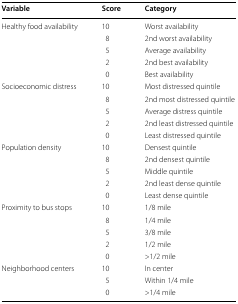
<table><thead><tr><td><b>Variable</b></td><td><b>Score</b></td><td><b>Category</b></td></tr></thead><tbody><tr><td rowspan="5">Healthy food availability</td><td>10</td><td>Worst availability</td></tr><tr><td>8</td><td>2nd worst availability</td></tr><tr><td>5</td><td>Average availability</td></tr><tr><td>2</td><td>2nd best availability</td></tr><tr><td>0</td><td>Best availability</td></tr><tr><td rowspan="5">Socioeconomic distress</td><td>10</td><td>Most distressed quintile</td></tr><tr><td>8</td><td>2nd most distressed quintile</td></tr><tr><td>5</td><td>Average distress quintile</td></tr><tr><td>2</td><td>2nd least distressed quintile</td></tr><tr><td>0</td><td>Least distressed quintile</td></tr><tr><td rowspan="5">Population density</td><td>10</td><td>Densest quintile</td></tr><tr><td>8</td><td>2nd densest quintile</td></tr><tr><td>5</td><td>Middle quintile</td></tr><tr><td>2</td><td>2nd least dense quintile</td></tr><tr><td>0</td><td>Least dense quintile</td></tr><tr><td rowspan="5">Proximity to bus stops</td><td>10</td><td>1/8 mile</td></tr><tr><td>8</td><td>1/4 mile</td></tr><tr><td>5</td><td>3/8 mile</td></tr><tr><td>2</td><td>1/2 mile</td></tr><tr><td>0</td><td>&gt;1/2 mile</td></tr><tr><td rowspan="3">Neighborhood centers</td><td>10</td><td>In center</td></tr><tr><td>5</td><td>Within 1/4 mile</td></tr><tr><td>0</td><td>&gt;1/4 mile</td></tr></tbody></table>